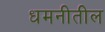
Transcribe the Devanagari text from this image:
धमनीतील